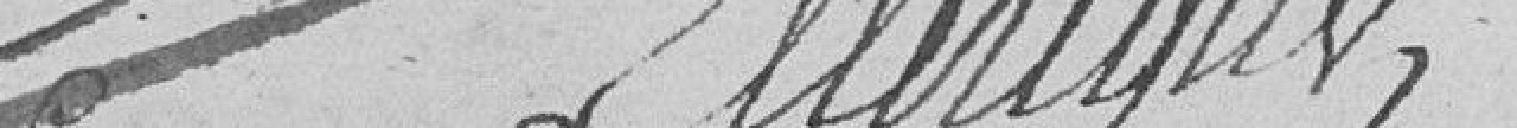
Ellerique